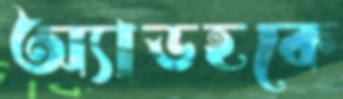
অ্যাডহকে